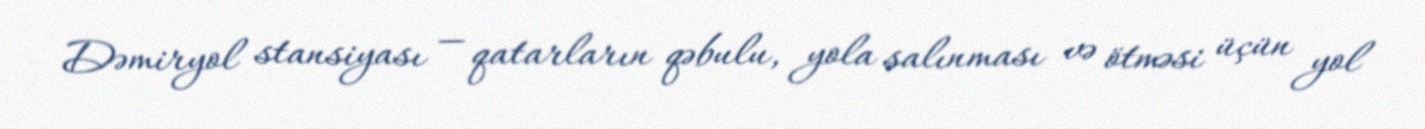
Dəmiryol stansiyası — qatarların qəbulu, yola salınması və ötməsi üçün yol